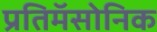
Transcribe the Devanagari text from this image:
प्रतिमॅसोनिक